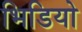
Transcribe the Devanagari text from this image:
भिडियो